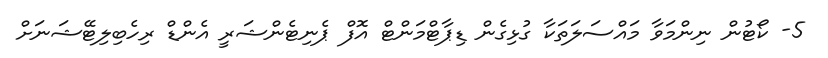
5- ކޯޓުން ނިންމަވާ މައްސަލަތަކާ ގުޅިގެން ޑިޕާޓްމަންޓް އޮފް ޕެނިޓެންޝަރީ އެންޑް ރިހެބިލިޓޭޝަނަށް